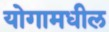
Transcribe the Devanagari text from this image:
योगामधील